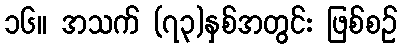
၁၆။ အသက် (၇၃)နှစ်အတွင်း ဖြစ်စဉ်